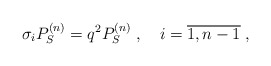
\begin{align*}\sigma_i P_S^{(n)}=q^2 P_S^{(n)} \;, \quad i=\overline{1,n-1} \;,\end{align*}